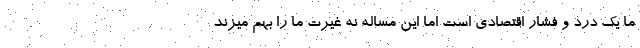
ما یک درد و فشار اقتصادی است اما این مساله نه غیرت ما را بهم میزند